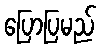
ပြောပြမည်